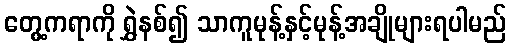
တွေ့ကရာကို ရွှဲနစ်၍ သာကူမုန့်နှင့်မုန့်အချိုများရပါမည်